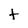
Character: t